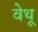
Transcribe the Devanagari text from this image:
वेथू